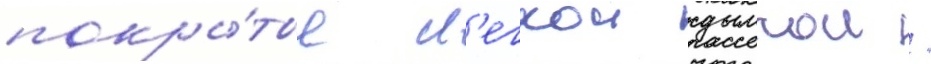
покры́тые л'егкои дымкои /